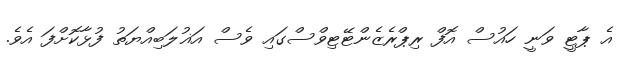
އެ ޕާޓީ ވަނީ ހައުސް އޮފް ރިޕްރެޒެންޓޭޓިވްސްގައި ވެސް އަޣުލަބިއްޔަތު ފުޅާކޮށްފަ އެވެ.